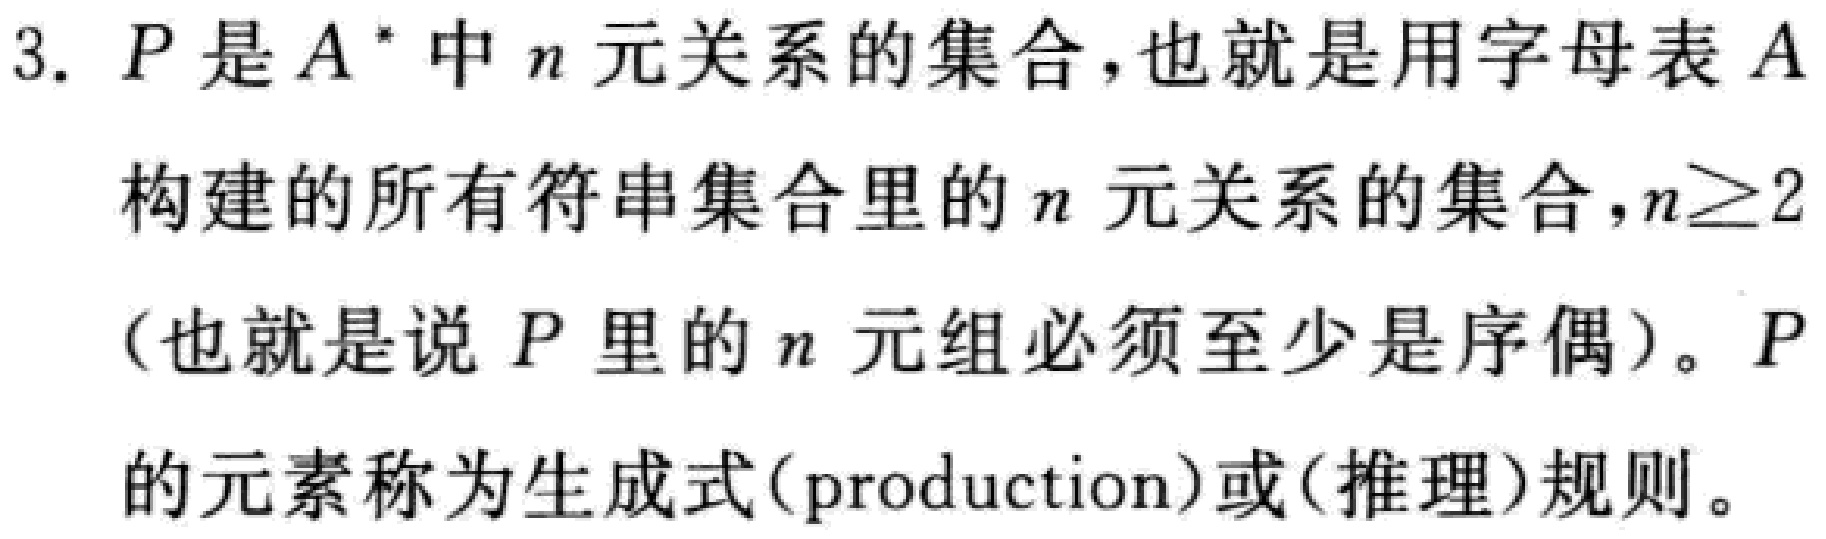
3. $P$是$A^{*}$中$n$元关系的集合，也就是用字母表$A$构建的所有符串集合里的$n$元关系的集合，$n\geq2$（也就是说$P$里的$n$元组必须至少是序偶）。$P$的元素称为生成式(production)或(推理)规则。